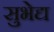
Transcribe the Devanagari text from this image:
सुभेद्य